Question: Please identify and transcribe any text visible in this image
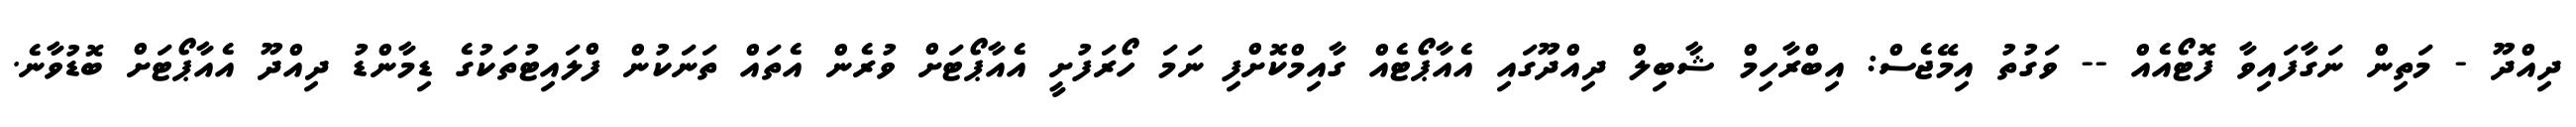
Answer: ދިއްދޫ - މަތިން ނަގާފައިވާ ފޮޓޯއެއް -- ވަގުތު އިމޭޖެސް: އިބްރާހިމް ޝާބިލް ދިއްދޫގައި އެއާޕޯޓެއް ގާއިމްކޮށްފި ނަމަ ހޯރަފުށީ އެއާޕޯޓަށް ވުރެން އެތައް ތަނަކުން ފްލައިޓުތަކުގެ ޑިމާންޑު ދިއްދޫ އެއާޕޯޓަށް ބޮޑުވާނެ.